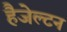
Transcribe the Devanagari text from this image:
हैजेल्टन